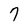
Character: 7